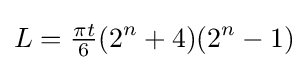
L={\tfrac {\pi t}{6}}(2^{n}+4)(2^{n}-1)